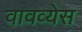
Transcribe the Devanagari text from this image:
वावव्येस